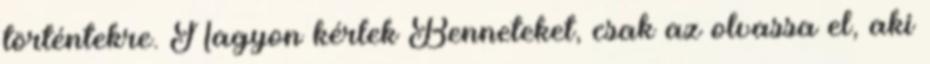
történtekre. Nagyon kérlek Benneteket, csak az olvassa el, aki